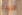
قلبيه